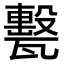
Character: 𤮛